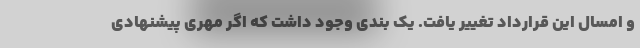
و امسال این قرارداد تغییر یافت. یک بندی وجود داشت که اگر مهری پیشنهادی